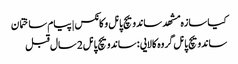
کیا سازه مشهد ساندویچ پانل و کانکس | پیام ساختمان
ساندویچ پانل گروه کالایی : ساندویچ پانل2 سال قبل